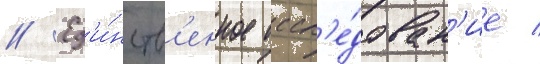
// Ед'и́нств'енное иссл'е́дован'ие /